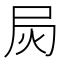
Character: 𰍳